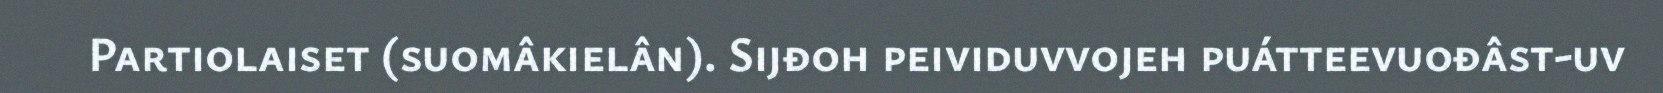
Partiolaiset (suomâkielân). Sijđoh peividuvvojeh puátteevuođâst-uv